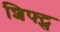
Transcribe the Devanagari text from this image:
शिफ्ट्स